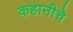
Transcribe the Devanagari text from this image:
कहानीचे